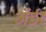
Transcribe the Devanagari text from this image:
ॲर्डर